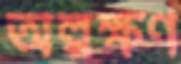
অল্পক্ষণ